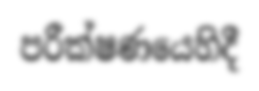
පරීක්ෂණයෙහිදී